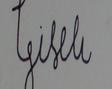
Signature authenticity: forged